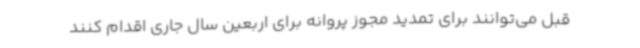
قبل می‌توانند برای تمدید مجوز پروانه برای اربعین سال جاری اقدام کنند